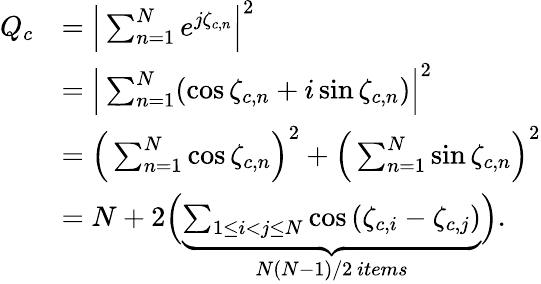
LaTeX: \begin{array}{rl}{Q_{c}}&{=\Big|\sum_{n=1}^{N}e^{j\zeta_{c,n}}\Big|^{2}}\\ &{=\Big|\sum_{n=1}^{N}(\cos{\zeta_{c,n}}+i\sin{\zeta_{c,n}})\Big|^{2}}\\ &{=\Big(\sum_{n=1}^{N}\cos{\zeta_{c,n}}\Big)^{2}+\Big(\sum_{n=1}^{N}\sin{\zeta_{c,n}}\Big)^{2}}\\ &{=N+2\Big(\underbrace{\sum_{1\leq i<j\leq N}\cos{(\zeta_{c,i}-\zeta_{c,j})}}_{N(N-1)/2~items}\Big).}\end{array}